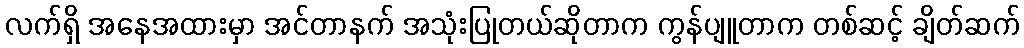
လက်ရှိ အနေအထားမှာ အင်တာနက် အသုံးပြုတယ်ဆိုတာက ကွန်ပျူတာက တစ်ဆင့် ချိတ်ဆက်